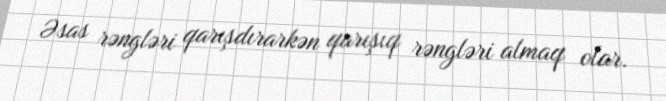
Əsas rəngləri qarışdırarkən qarışıq rəngləri almaq olar.